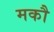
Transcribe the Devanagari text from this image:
मकौ